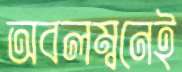
অবলম্বনেই